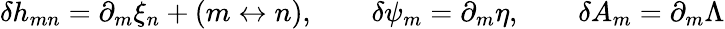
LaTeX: \delta h_{mn}=\partial_{m}\xi_{n}+(m\leftrightarrow n),\qquad\delta\psi_{m}=\partial_{m}\eta,\qquad\delta A_{m}=\partial_{m}\Lambda